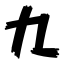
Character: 九